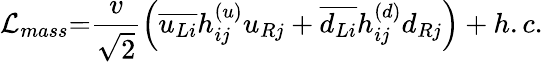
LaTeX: \mathcal{L_{\mathnormal{mass}}}\mathnormal=\frac{v}{\sqrt{2}}\left(\overline{{{u_{Li}}}}h_{ij}^{(u)}u_{Rj}+\overline{{{d_{Li}}}}h_{ij}^{(d)}d_{Rj}\right)+h.c.